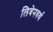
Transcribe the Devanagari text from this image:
लिवेनवर्थ